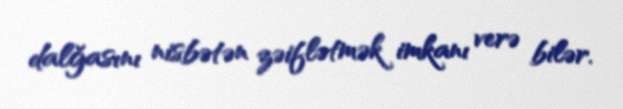
dalğasını nisbətən zəiflətmək imkanı verə bilər.